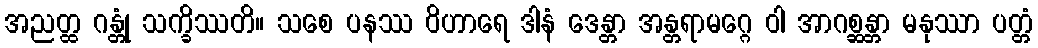
အညတ္ထ ဂန္တုံ သက္ခိဿတိ။ သစေ ပနဿ ဝိဟာရေ ဒါနံ ဒေန္တာ အန္တရာမဂ္ဂေ ဝါ အာဂစ္ဆန္တာ မနုဿာ ပတ္တံ